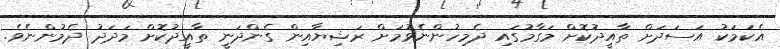
އެކަމަކު އަސަދަށް ތާއީދުކޮށް މަގާމުގައި ދެމިހުންނެވުމަށް ރަޝިޔާއިން ގެންދަނީ ތާއީދުކޮށް މަދަދު ދެމުންނެވެ.